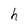
Character: h